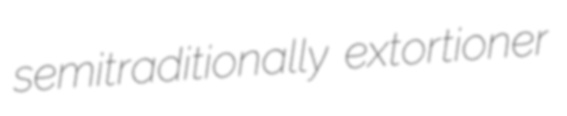
semitraditionally extortioner